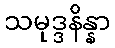
သမုဒ္ဒနိန္နာ